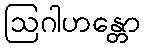
ဩဂါဟန္တော